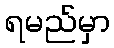
ရမည်မှာ